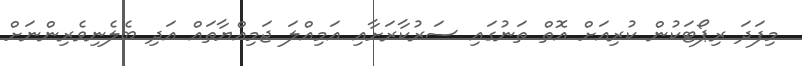
މިފަދަ ރިޕޯޓަކުން ކުރިއަށް އޮތް ތަނުގައި ސަރުކާރަށާއި އަމިއްލަ ޖަމިއްޔާތައް އަދި ބެލެނިވެރިންނަށް